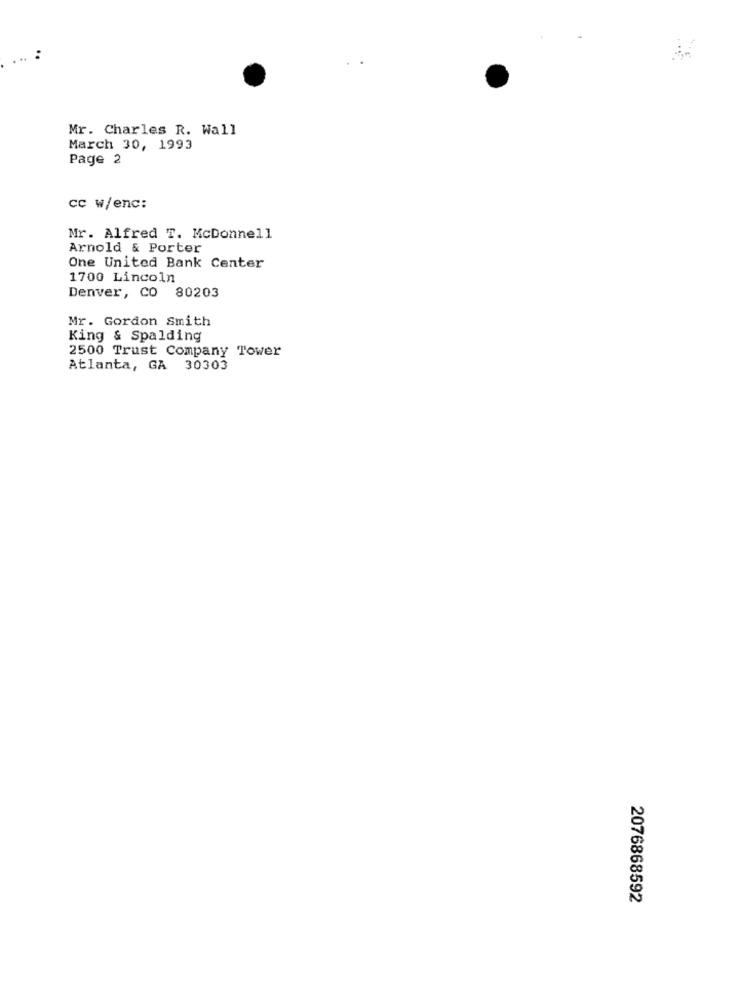
. ..
Mr. Charles R. Wall
March 30, 1993
Page 2
cc w/enc:
Mr. Alfred T. McDonnell
Arnold & Porter
One United Bank Center
1700 Lincoln
Denver, CO 80203
Mr. Gordon Smith
King & Spalding
2500 Trust Company Tower
Atlanta, GA 30303
2076868592